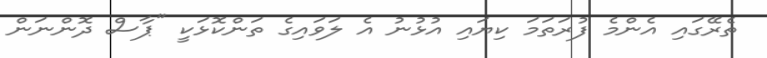
ތެރޭގައި އެންމެ ފުރަތަމަ ކިޔައި އުޅުނު އެ ލަވައިގެ ތަންކޮޅަކީ "ޕާސް ދޮންނަން